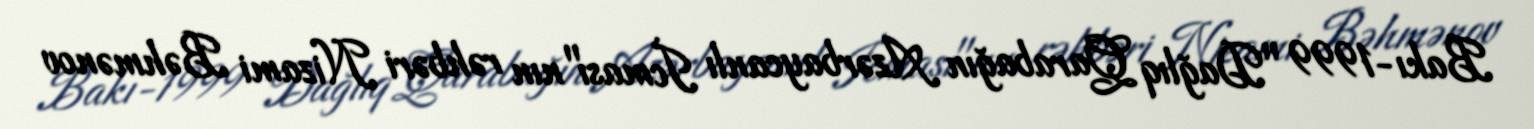
Bakı-1999 "Dağlıq Qarabağın Azərbaycanlı İcması"nın rəhbəri Nizami Bəhmənov